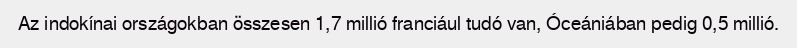
Az indokínai országokban összesen 1,7 millió franciául tudó van, Óceániában pedig 0,5 millió.